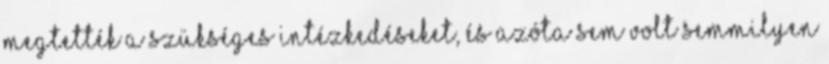
megtették a szükséges intézkedéseket, és azóta sem volt semmilyen